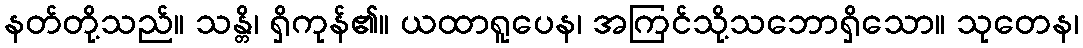
နတ်တို့သည်။ သန္တိ၊ ရှိကုန်၏။ ယထာရူပေန၊ အကြင်သို့သဘောရှိသော။ သုတေန၊